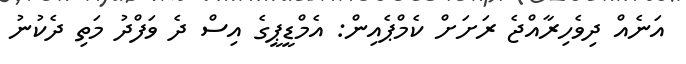
އަނެއް ދިވެހިރާއްޖެ ރަށަށް ކެމްޕެއިން: އެމްޑީޕީގެ އިސް ދެ ވަފްދު މަތި ދެކުނު